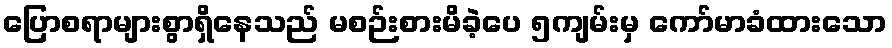
ပြောစရာများစွာရှိနေသည် မစဉ်းစားမိခဲ့ပေ ၅ကျမ်းမှ ကော်မာခံထားသော